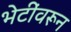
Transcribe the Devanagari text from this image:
भेटींवरून